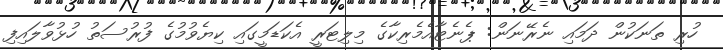
ހުރި ތަނަކުން ދަމައި ނެރޭނަން: ޕެނެޓާއެމެރިކާގެ މިލިޓަރީ އެކަޑަމީގައި ކިޔެވުމުގެ ފުރުސަތު ހުޅުވާލައިފި